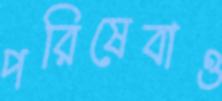
পরিষেবাও